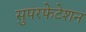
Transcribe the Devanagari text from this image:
सुपरफेटेशन